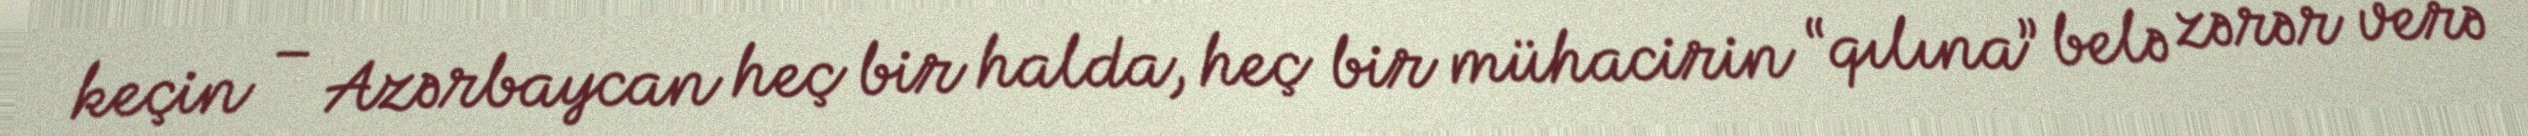
keçin – Azərbaycan heç bir halda, heç bir mühacirin “qılına” belə zərər verə